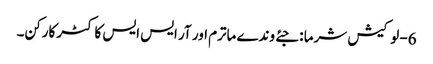
6- لوکیش شرما : جئے وندے ماترم اور آر ایس ایس کا کٹر کارکن۔